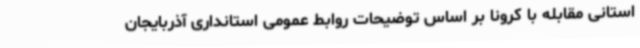
استانی مقابله با کرونا بر اساس توضیحات روابط عمومی استانداری آذربایجان